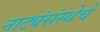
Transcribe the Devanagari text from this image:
नाट्यंसंस्थेचे